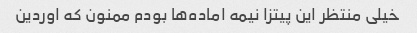
خیلی منتظر این پیتزا نیمه اماده‌ها بودم ممنون که اوردین